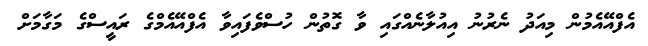
އެފްއޭއެމުން މިއަދު ނެރުނު އިއުލާނެއްގައި ވާ ގޮތުން ހުސްވެފައިވާ އެފްއޭއެމްގެ ރައީސްގެ މަގާމަށް